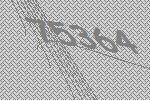
75364